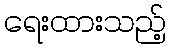
ရေးထားသည့်